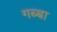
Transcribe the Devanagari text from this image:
गब्बा